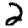
Digit: 2